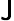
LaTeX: \mathsf{J}